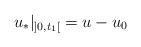
LaTeX: \begin{align*}u_*\vert_{]0, t_1[} = u - u_0\end{align*}